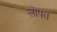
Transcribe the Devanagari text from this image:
लोपत